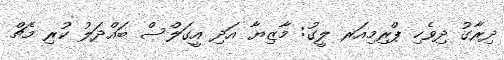
ދިރާގު ދިވެހި ޕްރިމިއަރ ލީގު: މާޒިޔާ އަދި އީގަލްސް ބައްދަލު ކުރި މެޗް